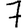
Digit: 7